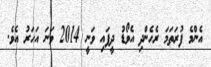
އެންމެ ފުރަތަމަ ރެހެންދި އެވޯޑު ދީފައި ވަނީ 2014 ވަނަ އަހަރު އެވެ.